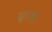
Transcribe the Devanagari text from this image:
सुहाई।